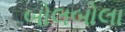
બોલબોલા